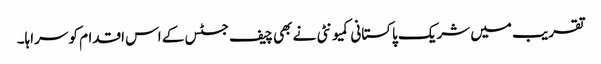
تقریب میں شریک پاکستانی کمیونٹی نے بھی چیف جسٹس کے اس اقدام کو سراہا۔